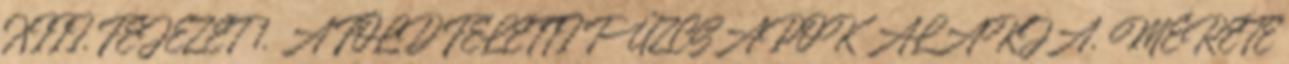
XIII. FEJEZET 1. A FÖLD FELETTI TÛZCSAPOK ALAKJA, MÉRETE